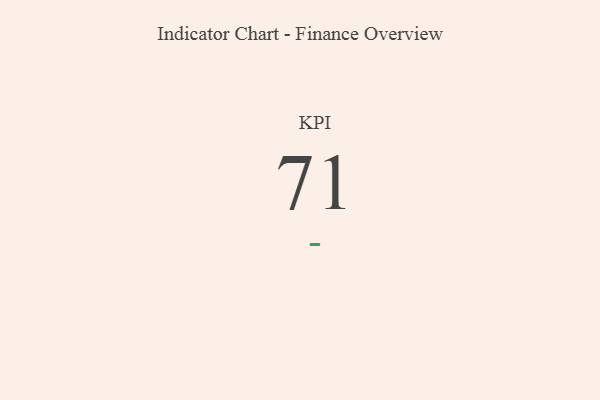
{"axis": {"x": "KPI", "y": "Value"}, "legend": [""], "data": [{"x": "KPI", "y": 71, "type": ""}]}